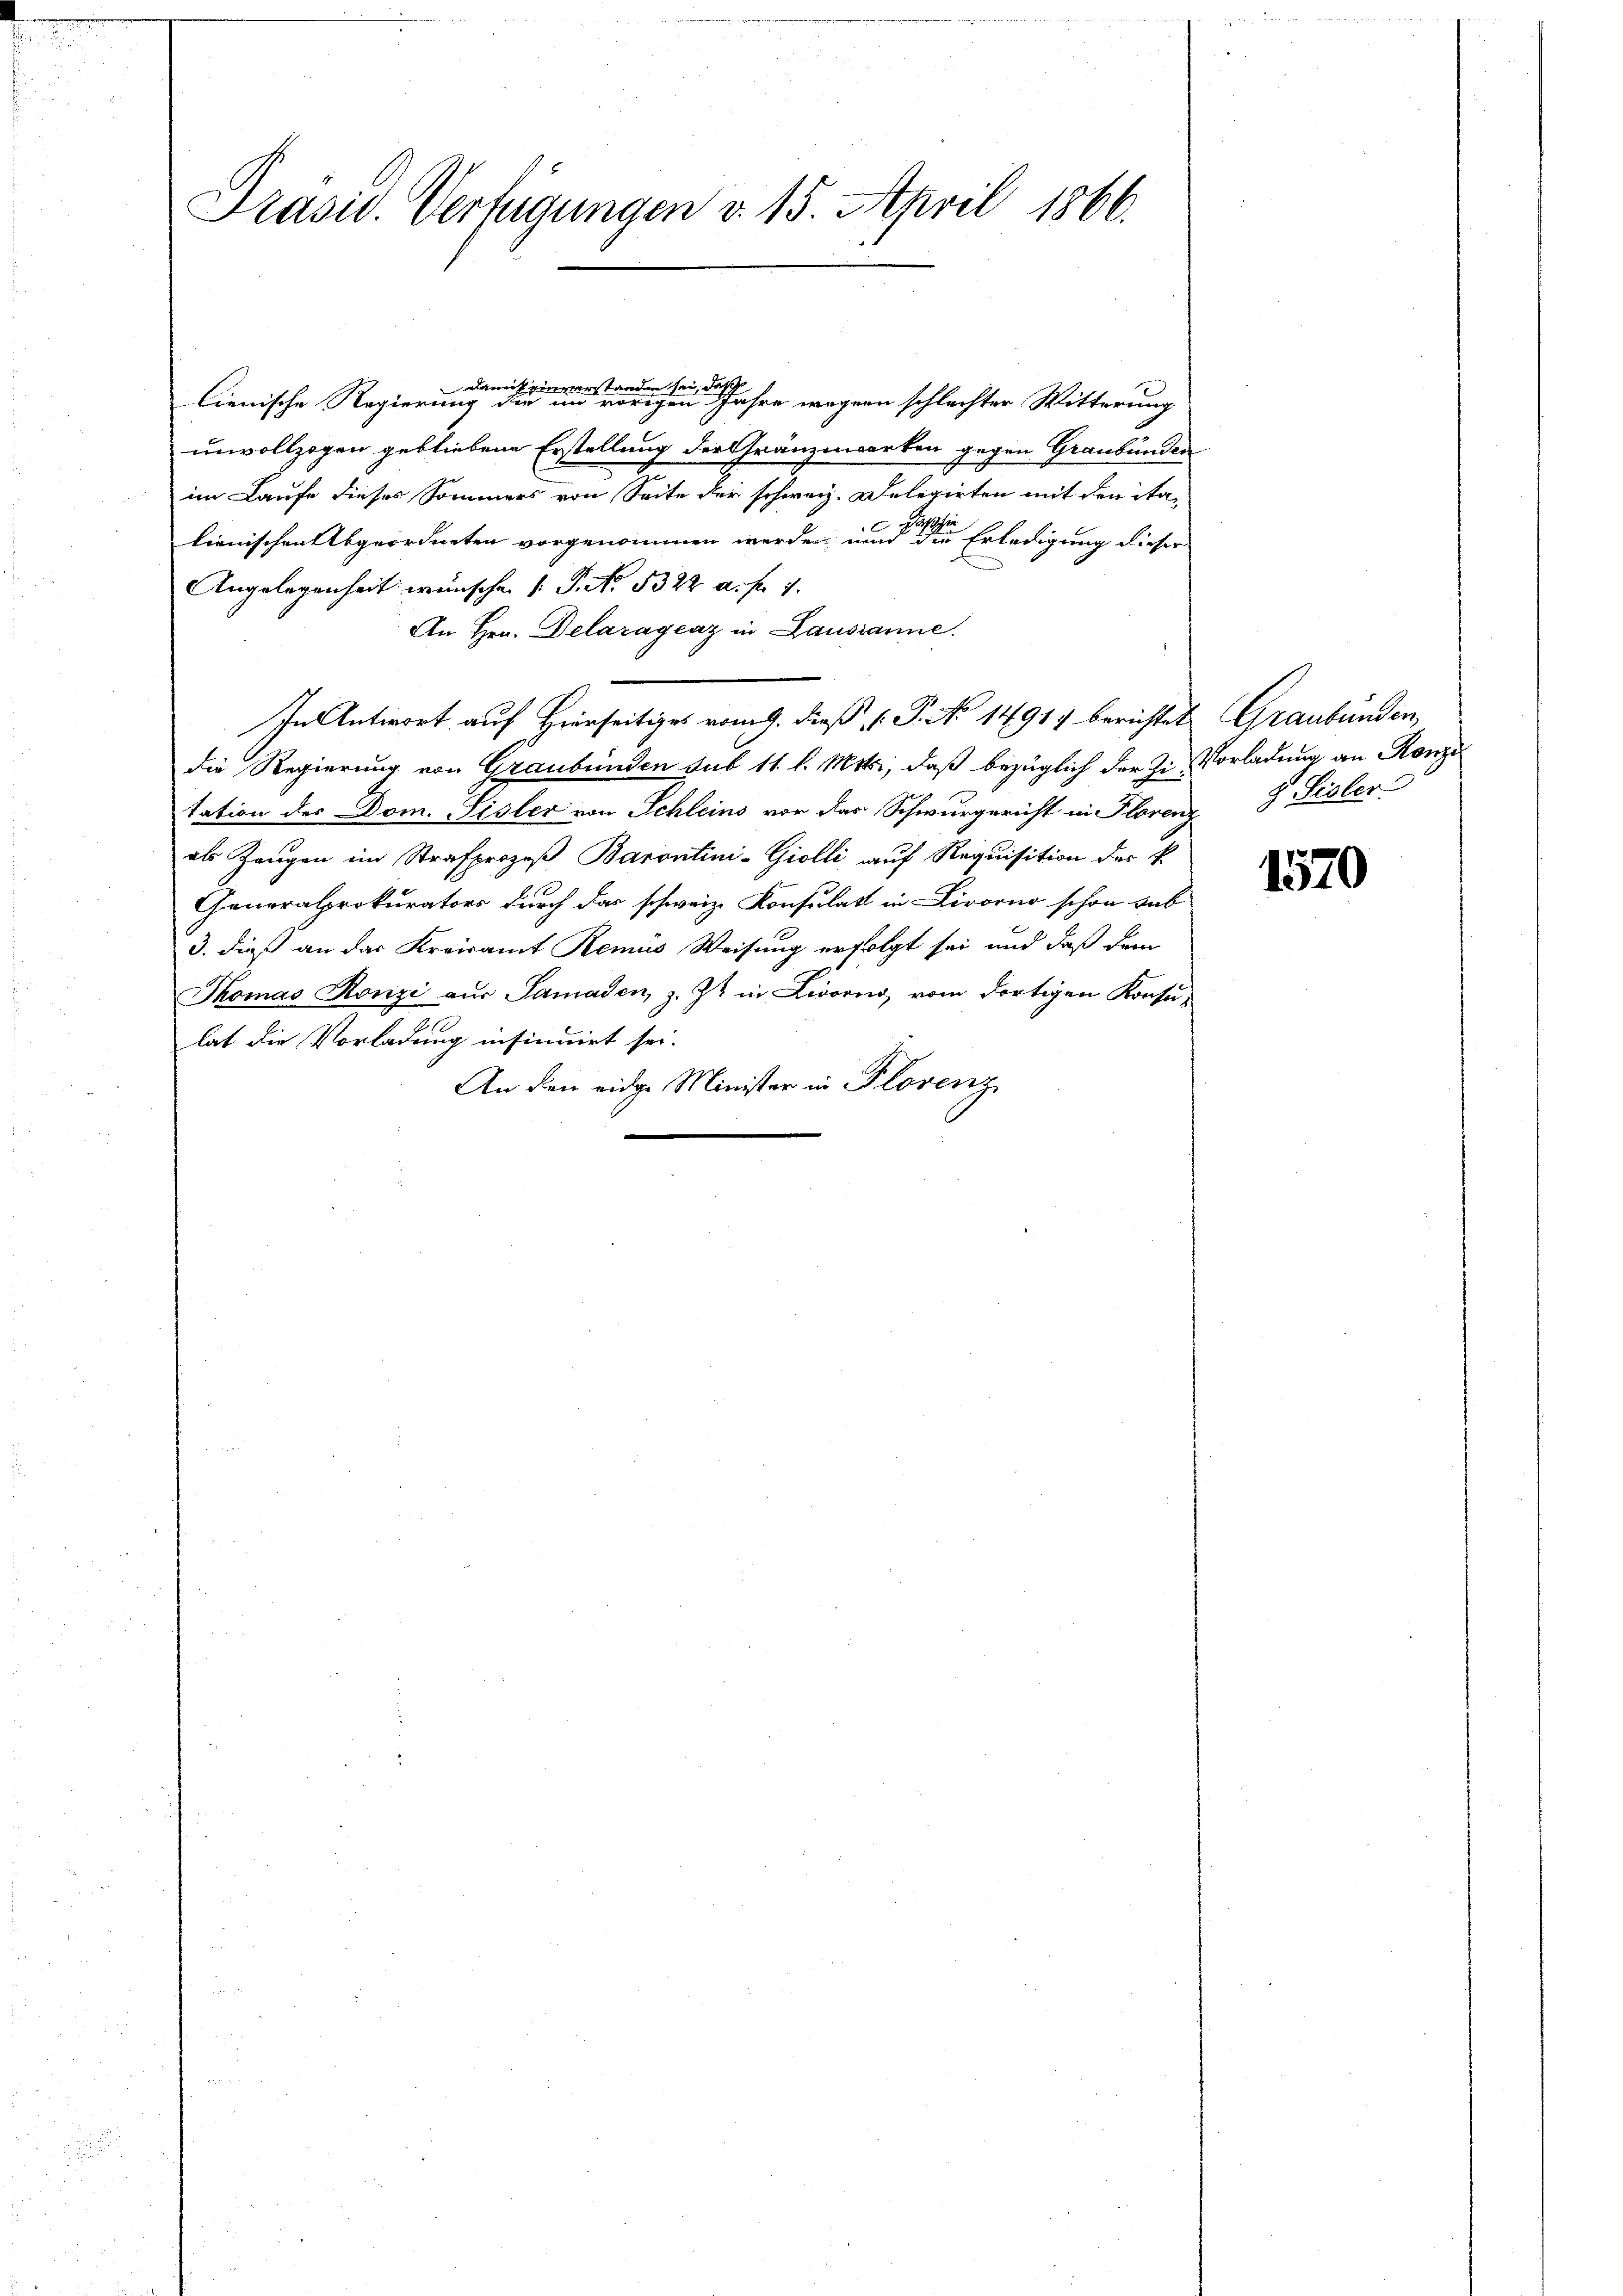
Präsid. Verfügungen v. 15. April 1866.

Damit einverstanden sei, daß
lienische Regierung die im vorigen Jahre wegen schlechter Witterung
unvollzogen gebliebene Erstellung der Gränzenwerken gegen Graubünden
im Laufe dieses Sommers von Seite der schweiz. Delegirten mit der ita-
Paschie

lienischen Abgeordneten vorgenommen werden und die Erledigung dieser
Angelegenheit wünschen 1 S. 5322 a. f. 4.
An Hrn. Delaragcaz in Lausanne.
In Antwort auf Hierseitiges vom 9. dieß P. No 1491) berichtet Graubünden,
die Regierung von Graubünden sub 11 l. Mts., daß bezüglich der Zi-Vorladung an Konze
tation des Dom. Gisler von Schleins vor der Schwurgericht in Florenz S. Lisler
als Zeugen im Strafprozeß Barontini-Giolli auf Requisition des k.
Generalprokurators durch das schweiz. Konsulat in Livorno schon hab
3. dieß an das Kreisamt Remis Weisung erfolgt sei und daß dem
Thomas Konzi aus Samaden, z. Zt. in Livorno, vom dortigen Konsu-
lat die Vorladung insinuirt sei.
An den eidge Minister in Plovenz

1570